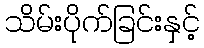
သိမ်းပိုက်ခြင်းနှင့်